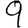
Digit: 9